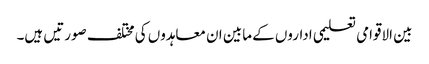
بین الاقوامی تعلیمی اداروں کے مابین ان معاہدوں کی مختلف صورتیں ہیں۔